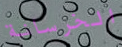
الخرسانة